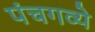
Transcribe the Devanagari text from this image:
पंचगव्ये